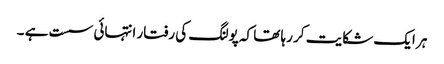
ہر ایک شکایت کر رہا تھا کہ پولنگ کی رفتار انتہائی سست ہے ۔